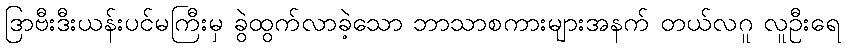
ဒြာဗီးဒီးယန်းပင်မကြီးမှ ခွဲထွက်လာခဲ့သော ဘာသာစကားများအနက် တယ်လဂူ လူဦးရေ